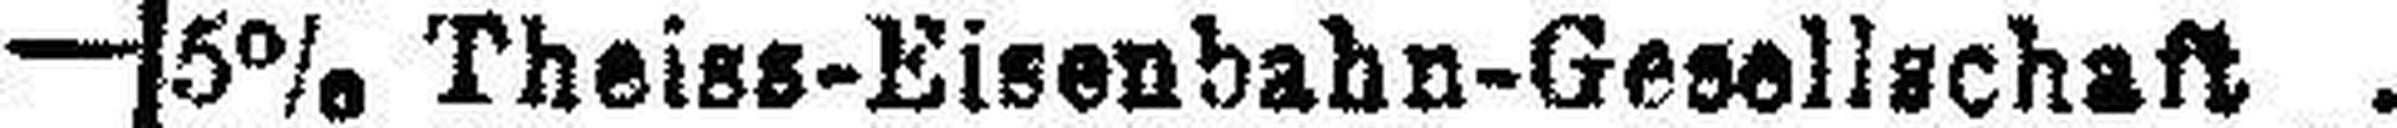
5% Theiss-Eisenbahn-Gesellschaft